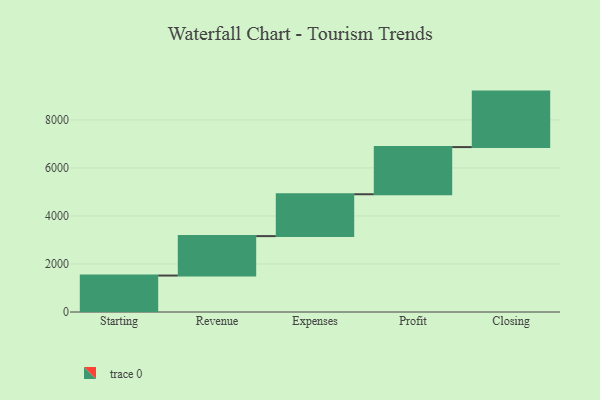
{"axis": {"x": "Step", "y": "Value"}, "legend": [""], "data": [{"x": "Starting", "y": 1518.0, "type": ""}, {"x": "Revenue", "y": 1642.0, "type": ""}, {"x": "Expenses", "y": 1744.0, "type": ""}, {"x": "Profit", "y": 1964.0, "type": ""}, {"x": "Closing", "y": 2311.0, "type": ""}]}